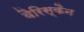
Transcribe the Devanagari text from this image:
वैरिस्कैन